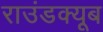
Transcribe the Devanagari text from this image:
राउंडक्यूब